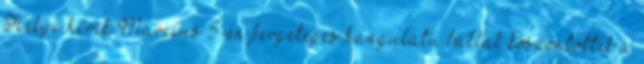
Helyi hírek Március 5-én fergeteges hangulatú bállal köszöntötték a